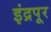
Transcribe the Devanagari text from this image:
इंद्रपूर